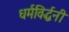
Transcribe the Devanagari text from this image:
धर्मविर्द्धनी